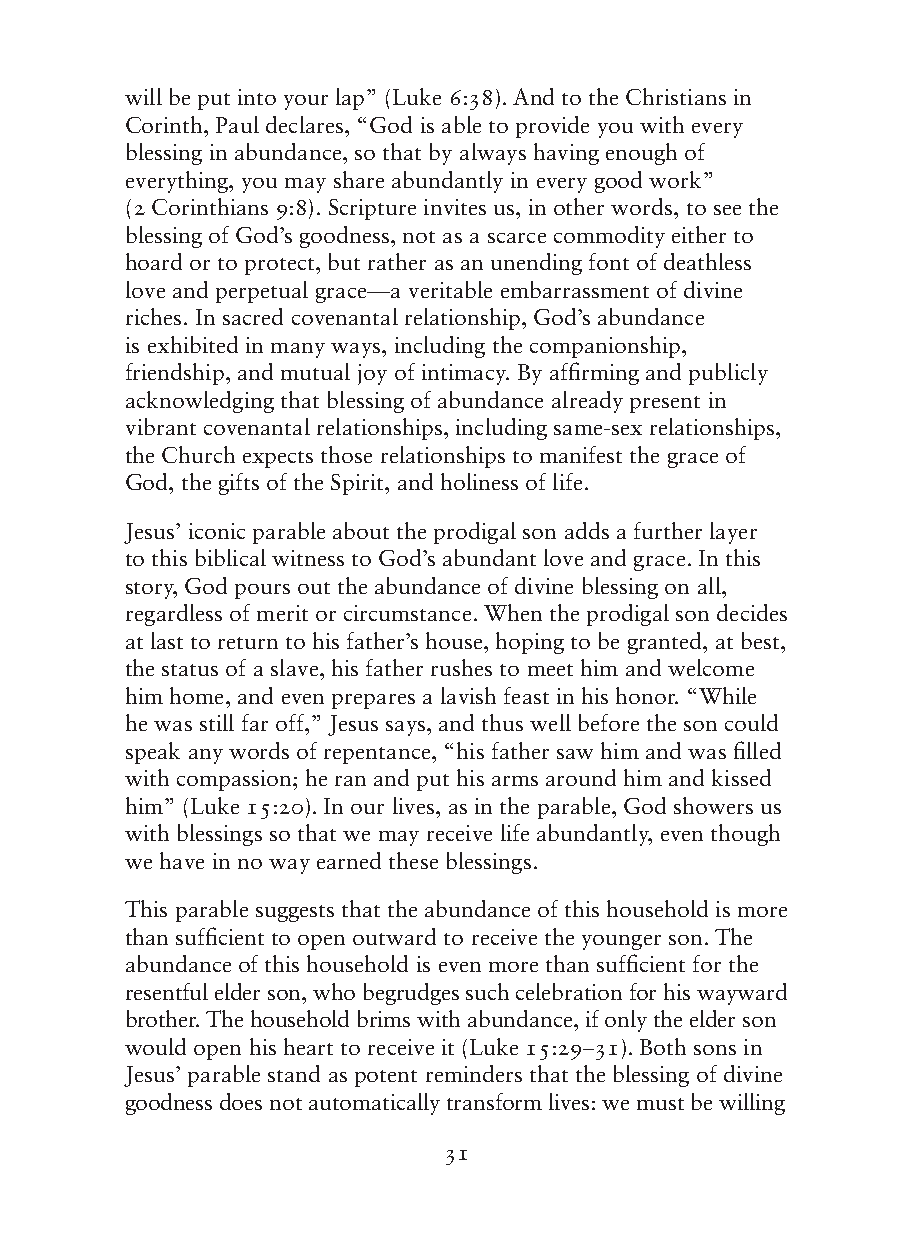
will be put into your lap” (Luke 6:38). And to the Christians in
 Corinth, Paul declares, “God is able to provide you with every
 blessing in abundance, so that by always having enough of
 everything, you may share abundantly in every good work”
 (2 Corinthians 9:8). Scripture invites us, in other words, to see the
 blessing of God’s goodness, not as a scarce commodity either to
 hoard or to protect, but rather as an unending font of deathless
 love and perpetual grace—a veritable embarrassment of divine
 riches. In sacred covenantal relationship, God’s abundance
 is exhibited in many ways, including the companionship,
 friendship, and mutual joy of intimacy. By affirming and publicly
 acknowledging that blessing of abundance already present in
 vibrant covenantal relationships, including same-sex relationships,
 the Church expects those relationships to manifest the grace of
 God, the gifts of the Spirit, and holiness of life.
 Jesus’ iconic parable about the prodigal son adds a further layer
 to this biblical witness to God’s abundant love and grace. In this
 story, God pours out the abundance of divine blessing on all,
 regardless of merit or circumstance. When the prodigal son decides
 at last to return to his father’s house, hoping to be granted, at best,
 the status of a slave, his father rushes to meet him and welcome
 him home, and even prepares a lavish feast in his honor. “While
 he was still far off,” Jesus says, and thus well before the son could
 speak any words of repentance, “his father saw him and was filled
 with compassion; he ran and put his arms around him and kissed
 him” (Luke 15:20). In our lives, as in the parable, God showers us
 with blessings so that we may receive life abundantly, even though
 we have in no way earned these blessings.
 This parable suggests that the abundance of this household is more
 than sufficient to open outward to receive the younger son. The
 abundance of this household is even more than sufficient for the
 resentful elder son, who begrudges such celebration for his wayward
 brother. The household brims with abundance, if only the elder son
 would open his heart to receive it (Luke 15:29–31). Both sons in
 Jesus’ parable stand as potent reminders that the blessing of divine
 goodness does not automatically transform lives: we must be willing
 31